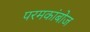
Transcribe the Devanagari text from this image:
परमकांबोज